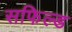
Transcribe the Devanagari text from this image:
सफिल्ड